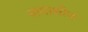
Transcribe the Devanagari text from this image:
नागाशीच